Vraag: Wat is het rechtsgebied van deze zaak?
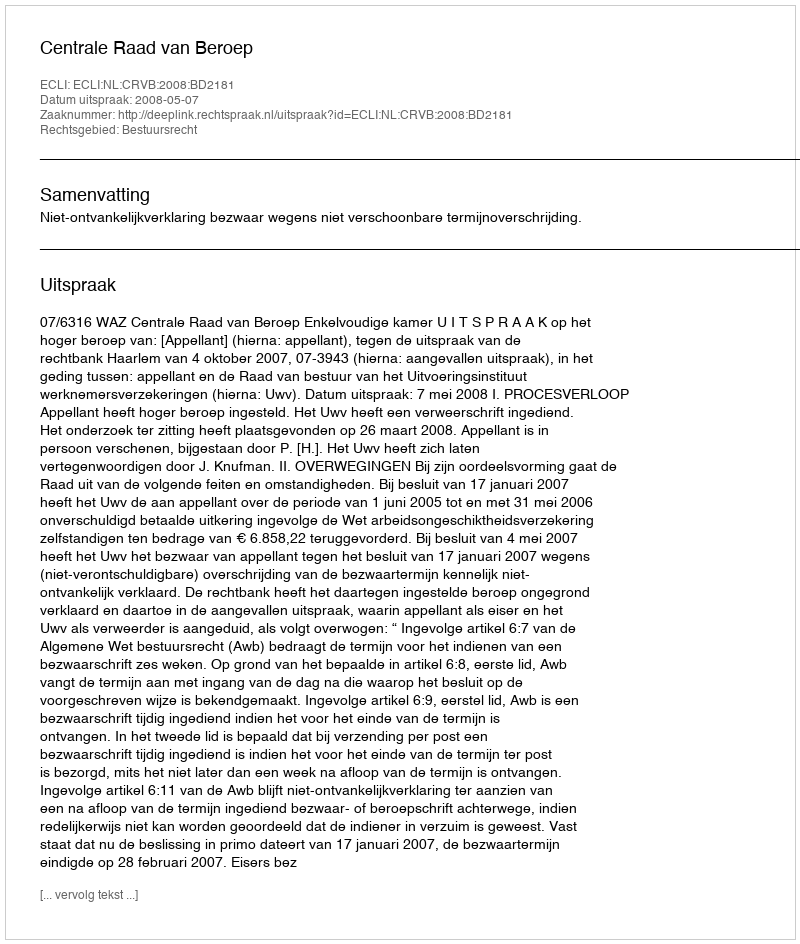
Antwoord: Bestuursrecht